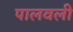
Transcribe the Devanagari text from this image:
पालवली